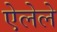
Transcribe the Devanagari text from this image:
ऐलेले